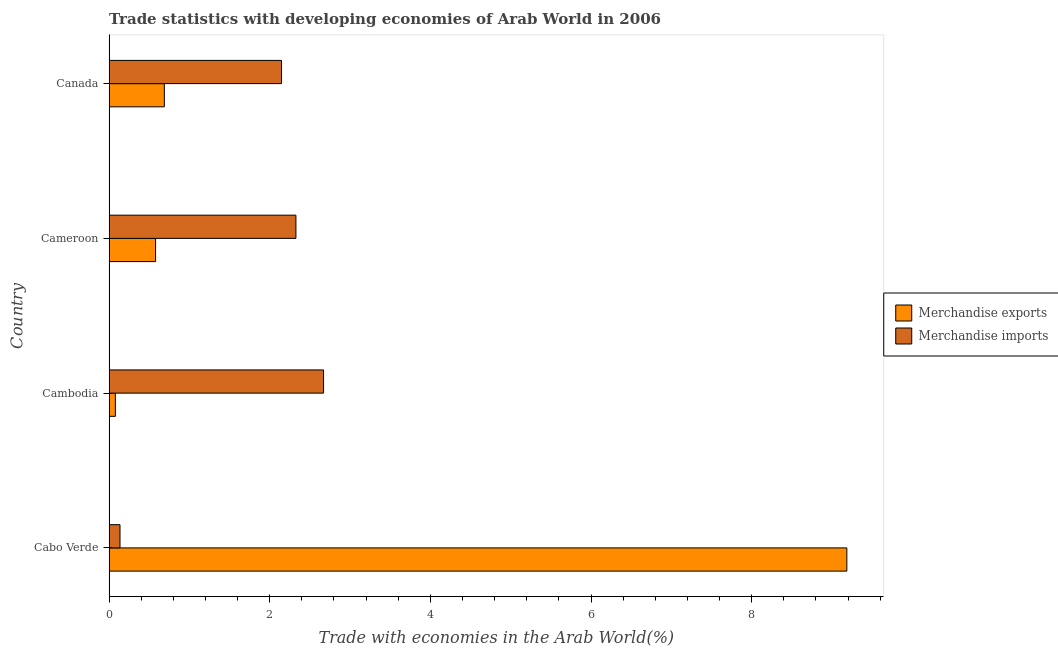
| Country | Merchandise exports | Merchandise imports |
 | --- | --- | --- |
 | Cabo Verde | 9.18 | 0.136 |
 | Cambodia | 0.0786 | 2.67 |
 | Cameroon | 0.579 | 2.33 |
 | Canada | 0.688 | 2.15 |